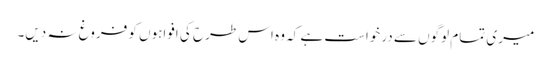
میری تمام لوگوں سے درخواست ہے کہ وہ اس طرح کی افواہوں کو فروغ نہ دیں۔